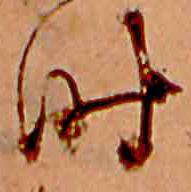
時